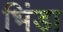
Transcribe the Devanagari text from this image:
भिंडा